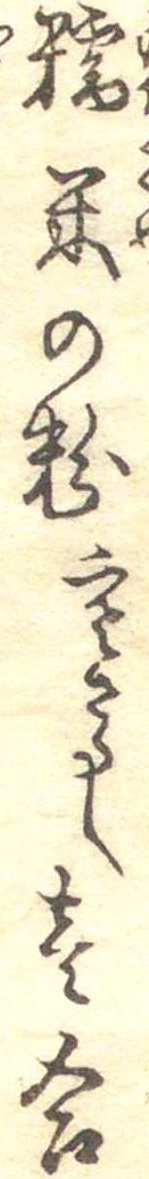
糯米の粉寒さらし壱合